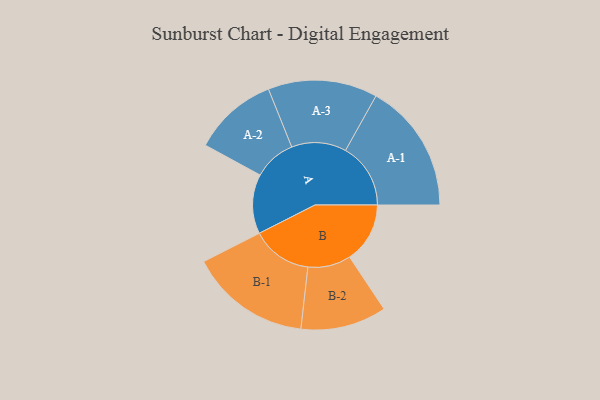
{"axis": {"x": "Segment", "y": "Value"}, "legend": ["", "A", "B"], "data": [{"x": "A", "y": 263, "type": ""}, {"x": "B", "y": 267, "type": ""}, {"x": "A-1", "y": 288, "type": "A"}, {"x": "A-2", "y": 187, "type": "A"}, {"x": "A-3", "y": 242, "type": "A"}, {"x": "B-1", "y": 268, "type": "B"}, {"x": "B-2", "y": 190, "type": "B"}]}